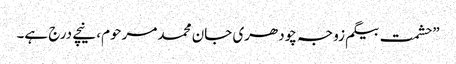
”حشمت بیگم زوجہ چودھری جان محمد مرحوم، نیچے درج ہے۔